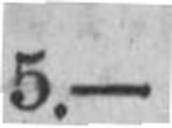
5.—